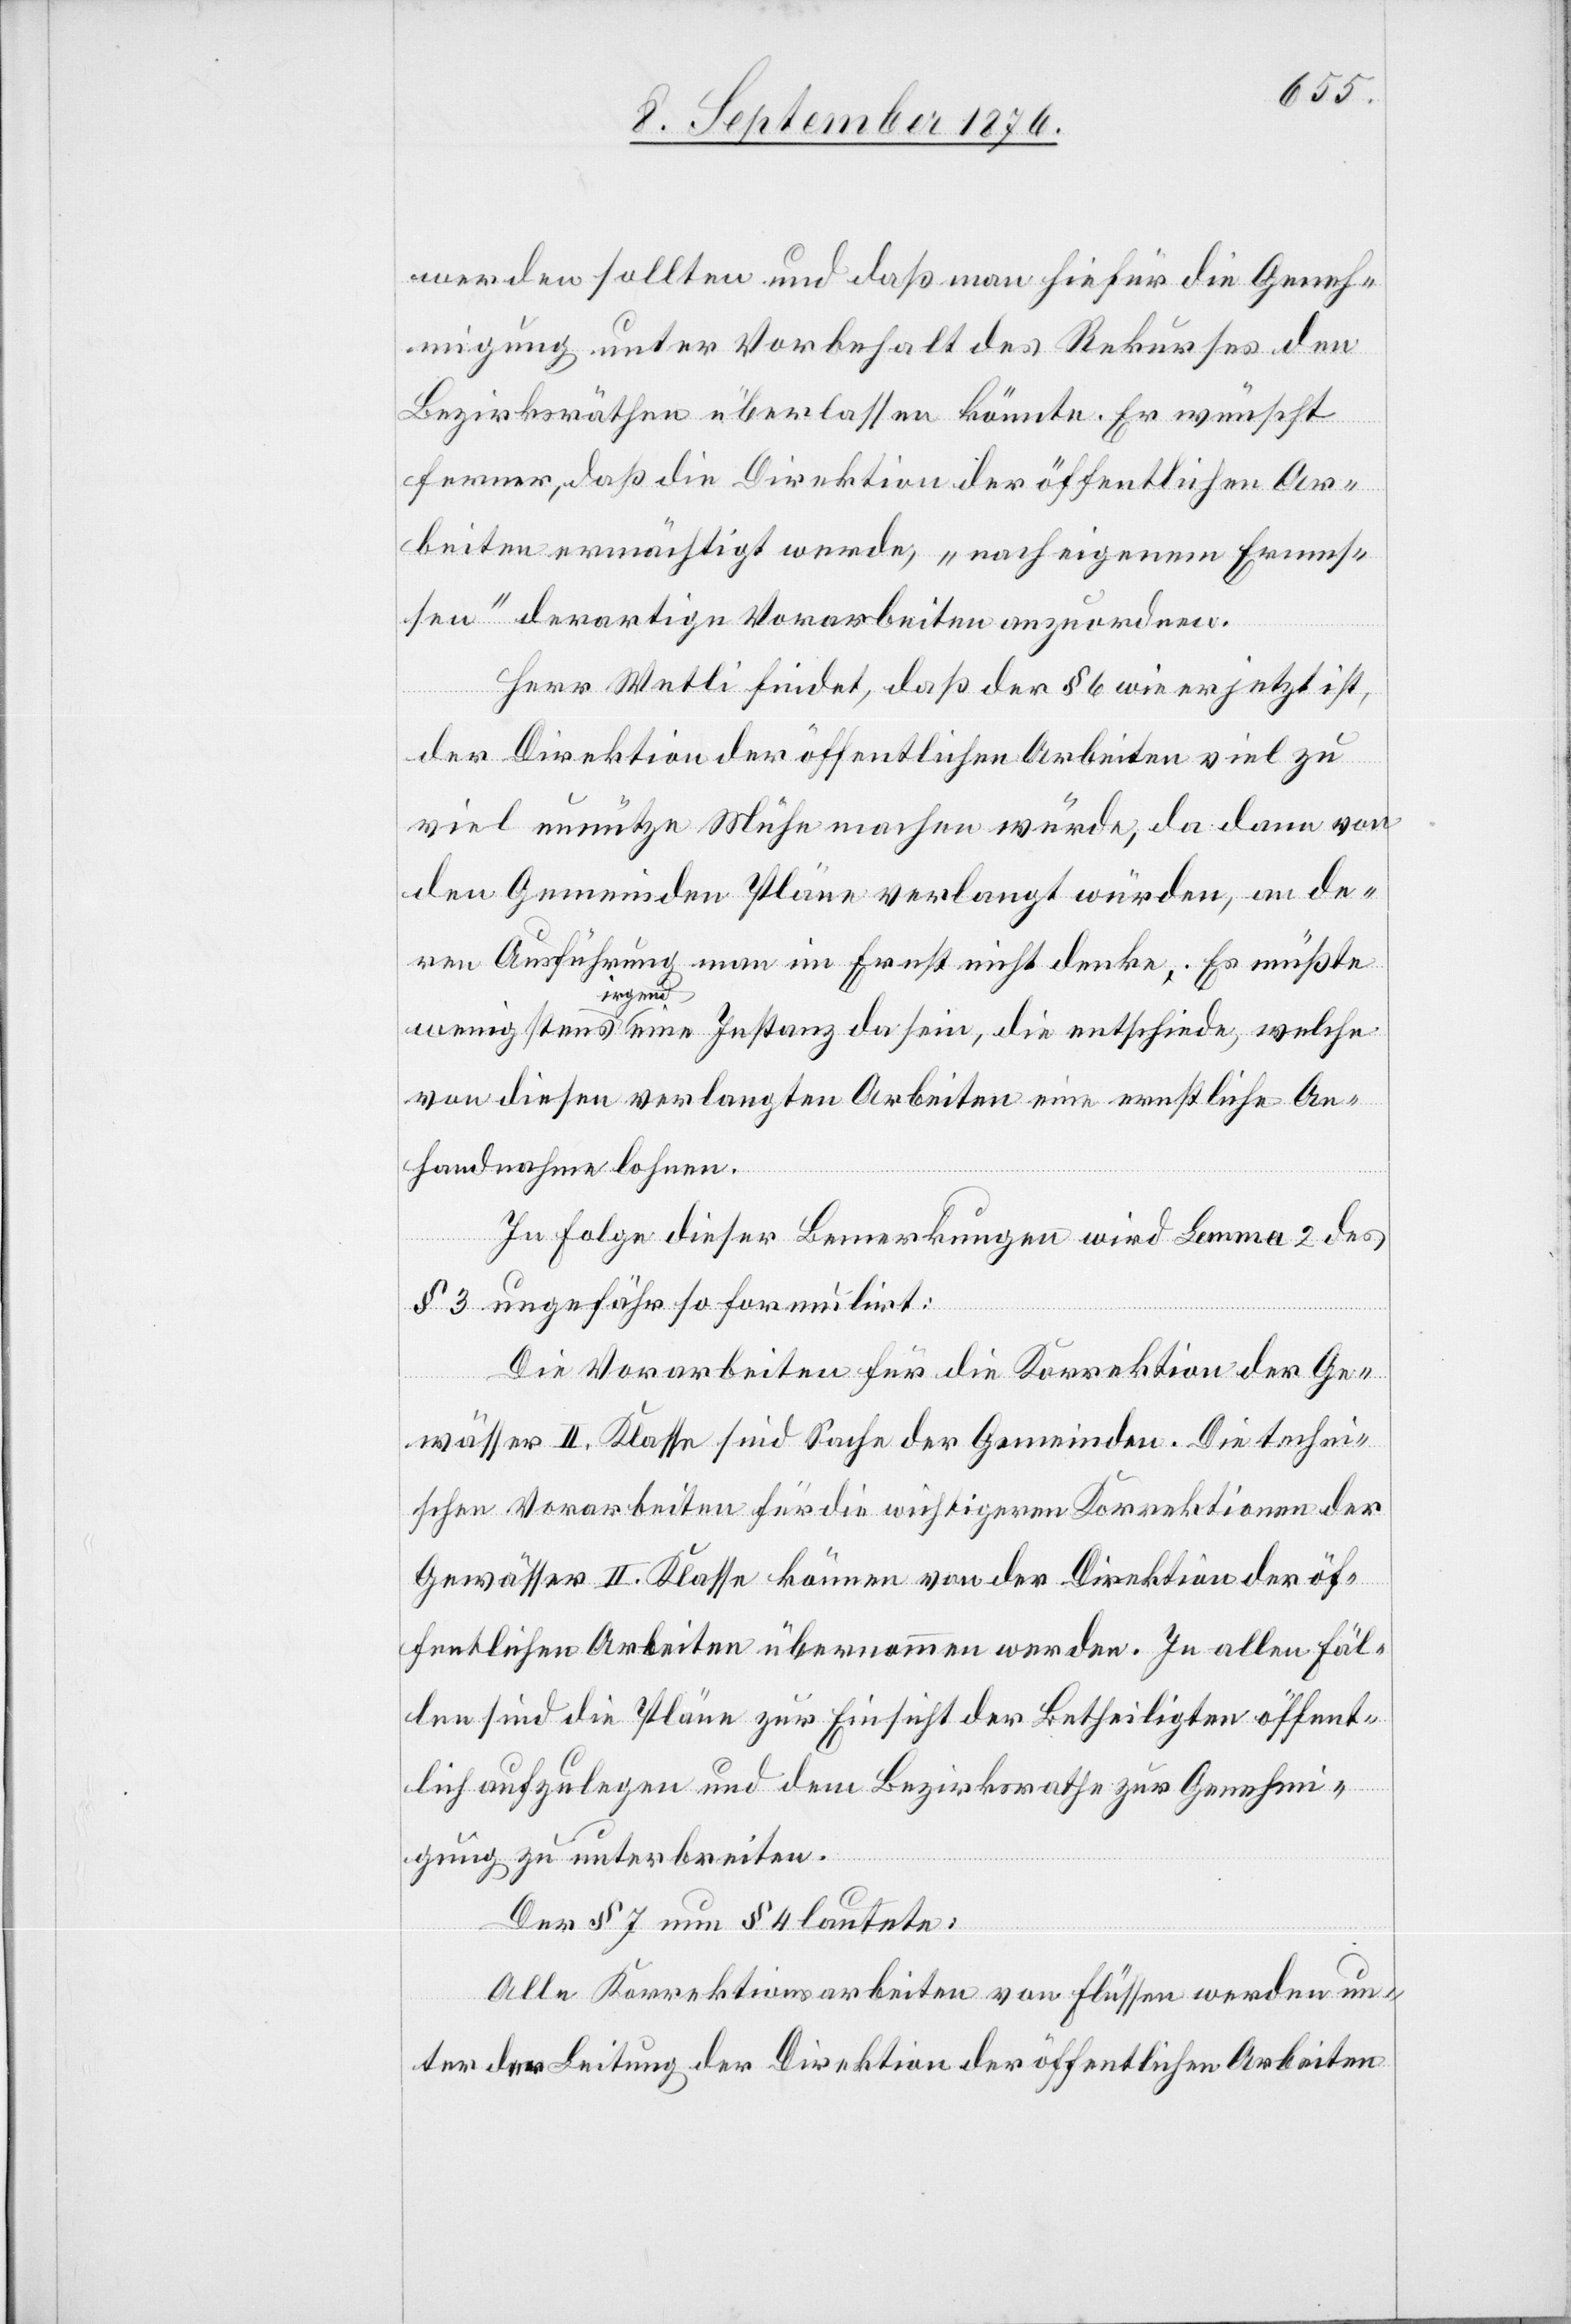
werden sollten und daß man hiefür die Geneh¬
migung unter Vorbehalt des Rekurses den
Bezirksräthen überlassen könnte. Er wünscht
ferner, daß die Direktion der öffentlichen Ar¬
beiten ermächtigt werde, „nach eigenem Ermes¬
sen“ derartige Vorarbeiten anzuordnen.
Herr Wetli findet, daß der § 6 wie er jetzt ist,
der Direktion der öffentlichen Arbeiten viel zu
viel unnütze Mühe machen würde, da dann von
den Gemeinden Pläne verlangt würden, an de¬
ren Ausführung man im Ernst nicht denke. Es müßte
irgend
von diesen verlangten Arbeiten eine ernstliche An¬
handnahme lohnen
In Folge dieser Bemerkungen wird Lemma 2 des
§ 3 ungefähr so formulirt:
Die Vorarbeiten für die Korrektion der Ge¬
wässer II. Klasse sind Sache der Gemeinden. Die techni¬
schen Vorarbeiten für die wichtigeren Korrektionen der
Gewässer II. Klasse können von der Direktion der öf¬
fentlichen Arbeiten übernommen werden. In allen Fäl¬
len sind die Pläne zur Einsicht der Betheiligten öffent¬
lich aufzulegen und dem Bezirksrathe zur Genehmi¬
gung zu unterbreiten.
Der § 7 neu § 4 lautete:
Alle Korrektionsarbeiten von Flüssen werden un¬
ter der Leitung der Direktion der öffentlichen Arbeiten